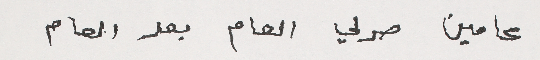
عامين صرلي العام بعد العام